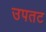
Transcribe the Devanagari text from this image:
उपतट